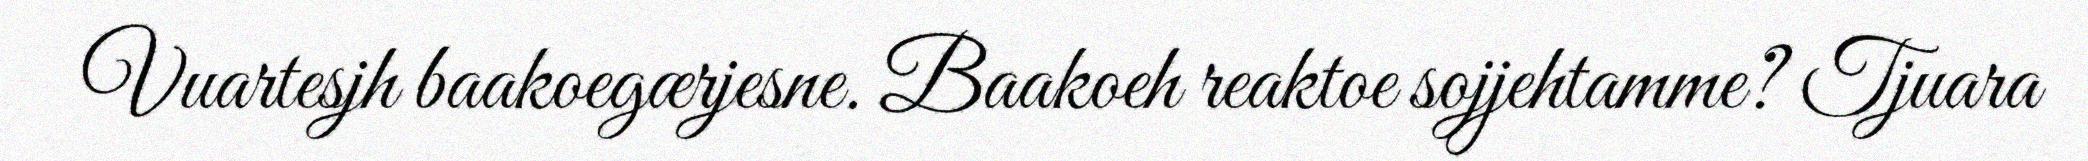
Vuartesjh baakoegærjesne. Baakoeh reaktoe sojjehtamme? Tjuara